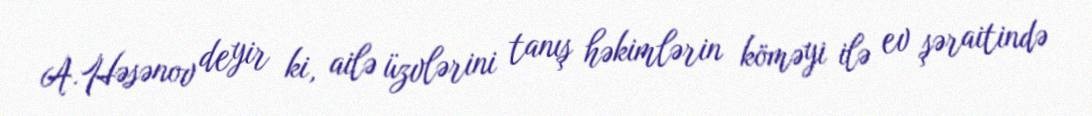
A.Həsənov deyir ki, ailə üzvlərini tanış həkimlərin köməyi ilə ev şəraitində